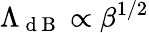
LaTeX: \Lambda_{\mathrm{~d~B~}}\propto\beta^{1/2}